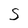
Character: S